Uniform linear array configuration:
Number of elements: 12
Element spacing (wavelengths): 0.5
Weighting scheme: exponential
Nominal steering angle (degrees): -45
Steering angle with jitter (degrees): -46.809
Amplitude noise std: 0.05
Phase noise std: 0.05

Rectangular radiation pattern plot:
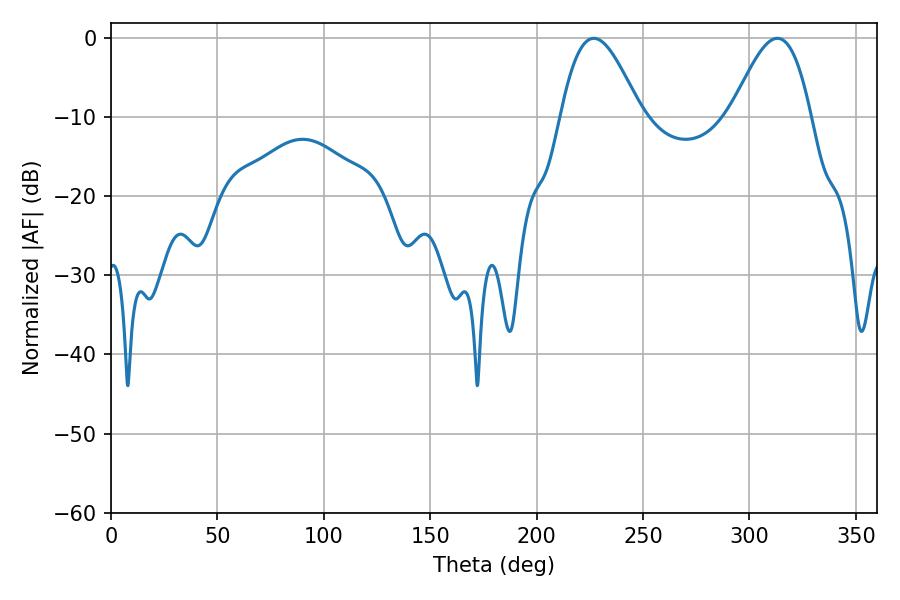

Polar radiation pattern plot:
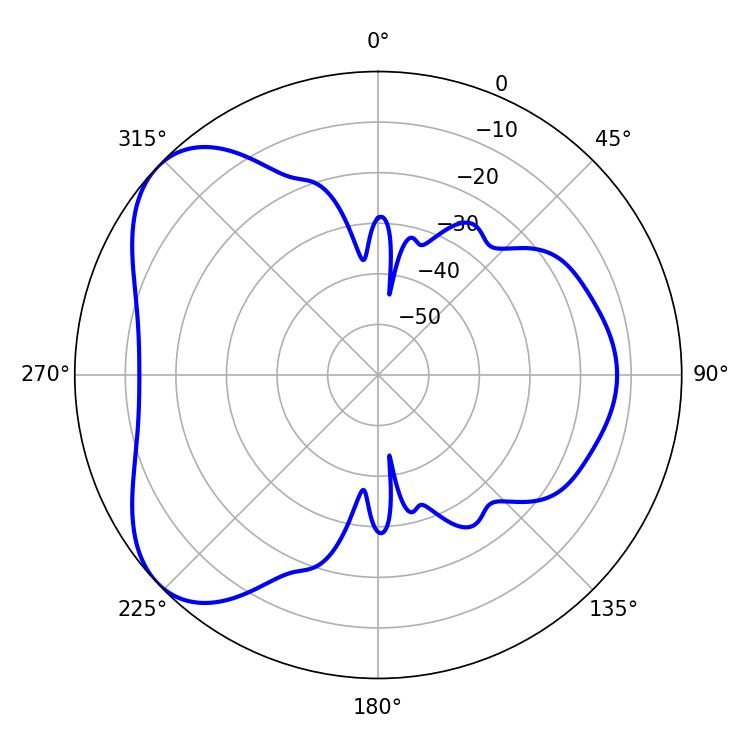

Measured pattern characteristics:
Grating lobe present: FALSE
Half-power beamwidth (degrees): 20.16
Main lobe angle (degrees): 226.8